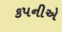
કપનીએ